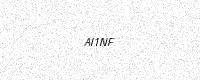
Text: AI1NF